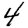
Digit: 4